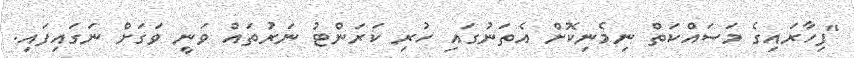
"ފިހާރައިގެ މަސައްކަތް ނިމެނިކޮށް އެތަނުގައި ހުރި ކަރަންޓު ނަރުތައް ވަނީ ވަގަށް ނަގައިފައި.